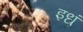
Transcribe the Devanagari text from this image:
इधं